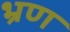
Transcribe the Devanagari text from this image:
भ्रण